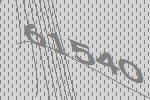
61540